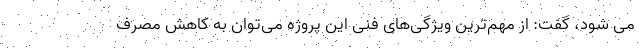
می شود، گفت: از مهم‌ترین ویژگی‌های فنی این پروژه می‌توان به کاهش مصرف